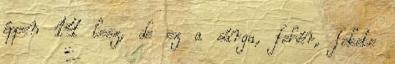
éppen 14 lesz, de ez a sárga, fehér, fekete